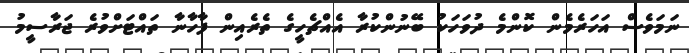
ނަމަވެސް އަހަރެމެން ކޮންމެ ދުވަހަކު ބޭނުންކުރާ އެއްޗެހީގެ ތެރެއިން ފާހާނާ ތައްޓަށްވުރެ ޖަރާސީމު